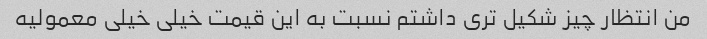
من انتظار چیز شکیل تری داشتم نسبت به این قیمت خیلی خیلی معمولیه